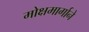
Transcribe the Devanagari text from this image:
मोक्षमार्गाने